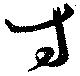
寸